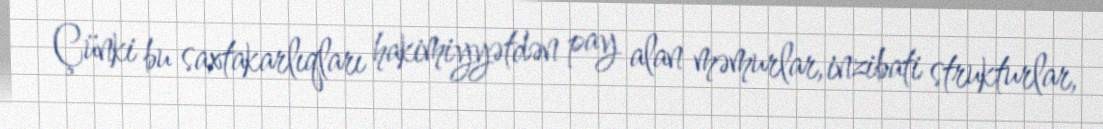
Çünki bu saxtakarlıqları hakimiyyətdən pay alan məmurlar, inzibati strukturlar,